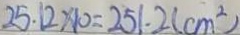
2 5 . 1 2 \times 1 0 = 2 5 1 . 2 ( c m ^ { 2 } )